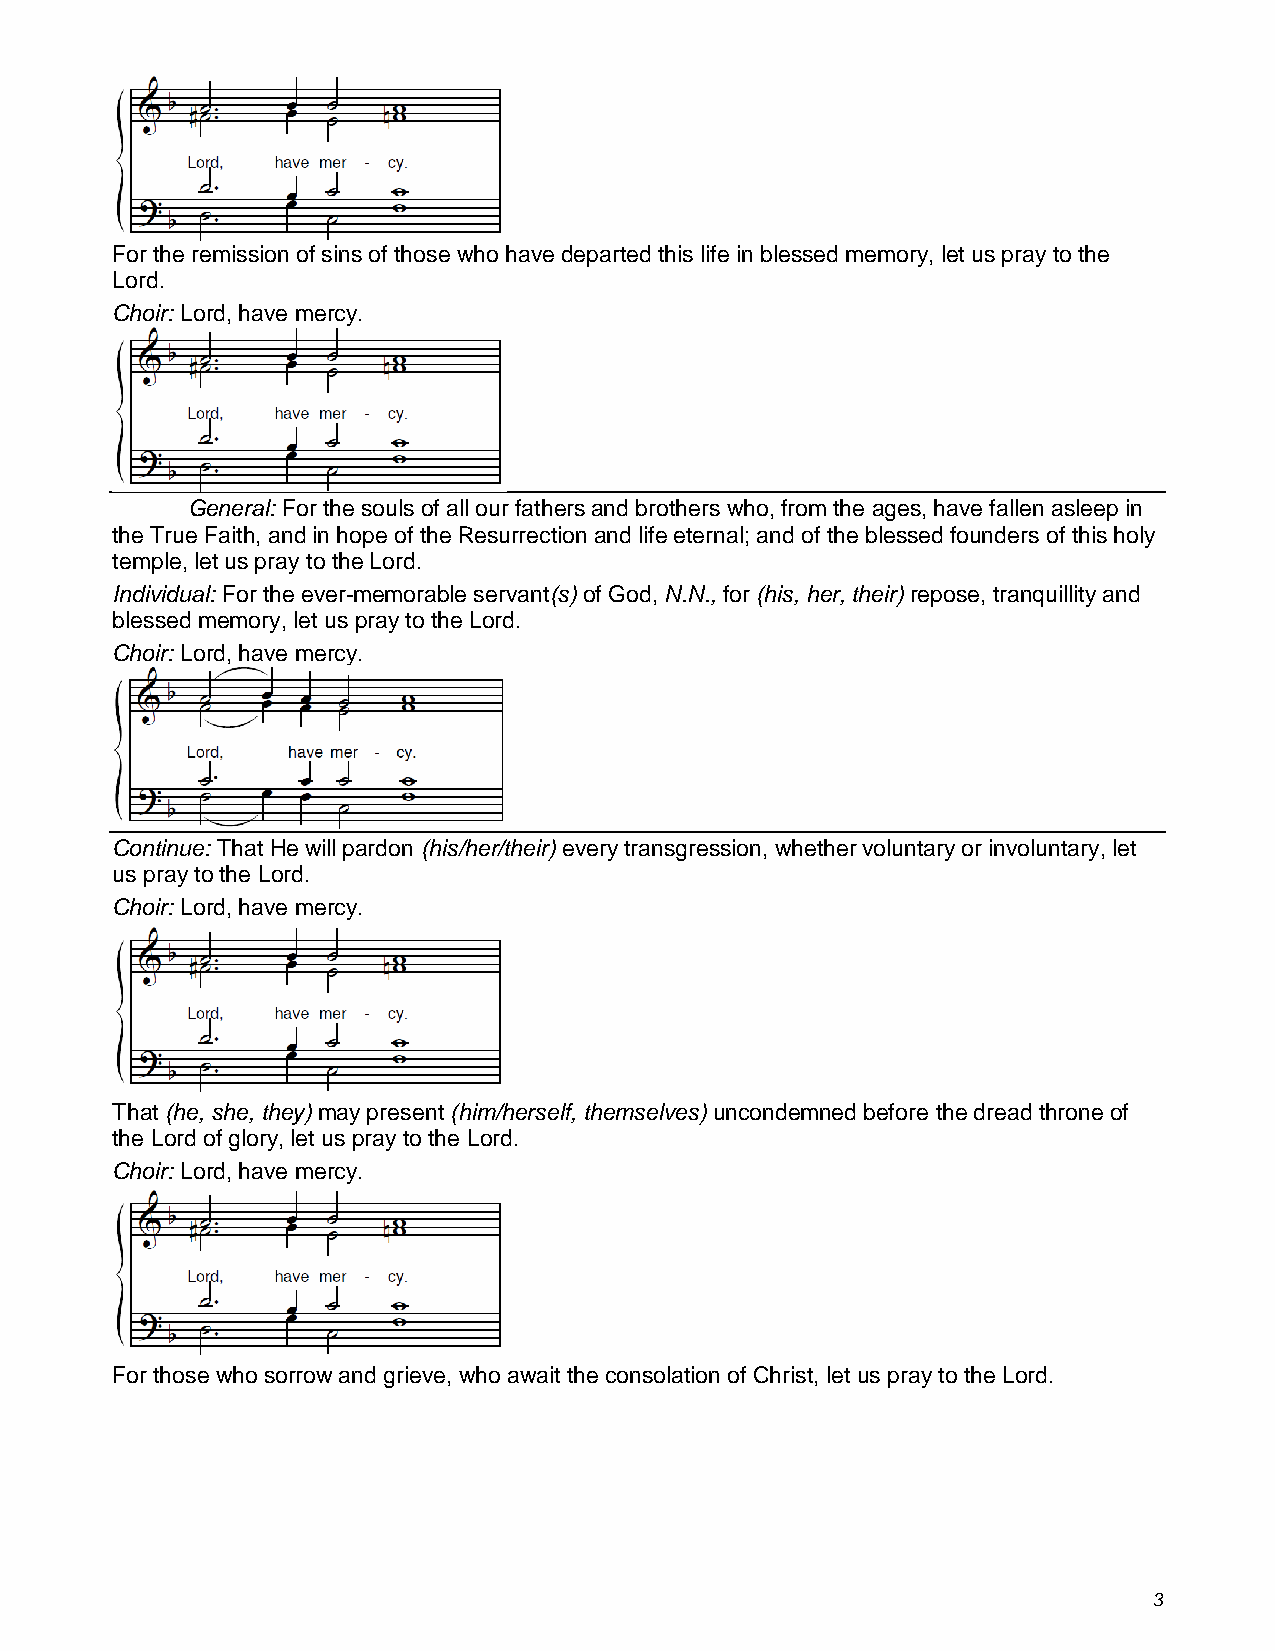
For the remission of sins of those who have departed this life in blessed memory, let us pray to the
 Lord.
 Choir: Lord, have mercy.
 General: For the souls of all our fathers and brothers who, from the ages, have fallen asleep in
 the True Faith, and in hope of the Resurrection and life eternal; and of the blessed founders of this holy
 temple, let us pray to the Lord.
 Individual: For the ever-memorable servant(s) of God, N.N., for (his, her, their) repose, tranquillity and
 blessed memory, let us pray to the Lord.
 Choir: Lord, have mercy.
 Continue: That He will pardon (his/her/their) every transgression, whether voluntary or involuntary, let
 us pray to the Lord.
 Choir: Lord, have mercy.
 That (he, she, they) may present (him/herself, themselves) uncondemned before the dread throne of
 the Lord of glory, let us pray to the Lord.
 Choir: Lord, have mercy.
 For those who sorrow and grieve, who await the consolation of Christ, let us pray to the Lord.
 3